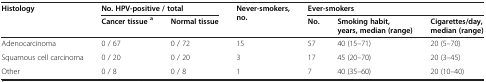
<table><thead><tr><td rowspan="2"><b>Histology</b></td><td colspan="2"><b>No. HPV-positive / total</b></td><td rowspan="2"><b>Never-smokers, no.</b></td><td colspan="3"><b>Ever-smokers</b></td></tr><tr><td><b>Cancer tissue<sup>a</sup></b></td><td><b>Normal tissue</b></td><td><b>No.</b></td><td><b>Smoking habit, years, median (range)</b></td><td><b>Cigarettes/day, median (range)</b></td></tr></thead><tbody><tr><td>Adenocarcinoma</td><td>0 / 67</td><td>0 / 72</td><td>15</td><td>57</td><td>40 (15–71)</td><td>20 (5–70)</td></tr><tr><td>Squamous cell carcinoma</td><td>0 / 20</td><td>0 / 20</td><td>3</td><td>17</td><td>45 (20–70)</td><td>20 (3–45)</td></tr><tr><td>Other</td><td>0 / 8</td><td>0 / 8</td><td>1</td><td>7</td><td>40 (35–60)</td><td>20 (10–40)</td></tr></tbody></table>